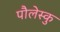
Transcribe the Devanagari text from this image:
पौलेस्कु